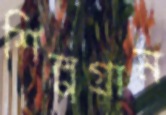
শিল্পগ্রাম